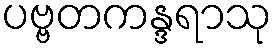
ပဗ္ဗတကန္ဒရာသု